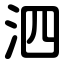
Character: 泗